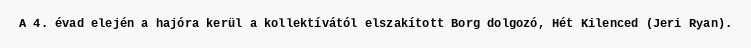
A 4. évad elején a hajóra kerül a kollektívától elszakított Borg dolgozó, Hét Kilenced (Jeri Ryan).